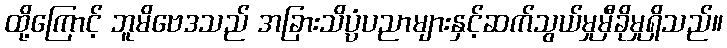
ထို့ကြောင့် ဘူမိဗေဒသည် အခြားသိပ္ပံပညာများနှင့်ဆက်သွယ်မှုမှီခိုမှုရှိသည်။